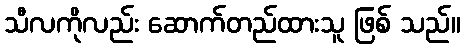
သီလကိုလည်း ဆောက်တည်ထားသူ ဖြစ် သည်။